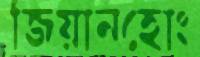
জিয়ানহোং